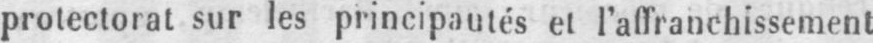
protectorat sur les principautés et l’affranchissement